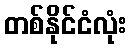
တစ်နိုင်ငံလုံး